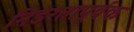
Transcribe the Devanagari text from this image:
निडरतापूर्वक